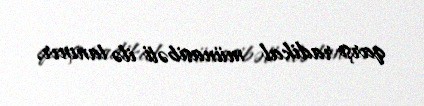
qarşı radikal münasibəti ilə tanınır.